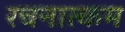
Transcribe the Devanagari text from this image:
रचनात्‍कम